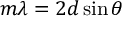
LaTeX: m \lambda = 2 d \sin \theta